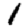
Digit: 1